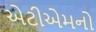
એટીએમનો